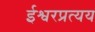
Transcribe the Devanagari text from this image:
ईश्वरप्रत्यय